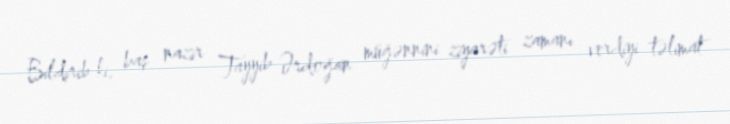
Bildirib ki, baş nazir Tayyib Ərdoğan müğənnini ziyarəti zamanı verdiyi təlimat